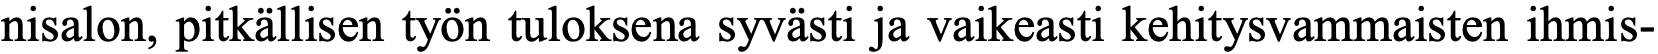
nisalon, pitkällisen työn tuloksena syvästi ja vaikeasti kehitysvammaisten ihmis-